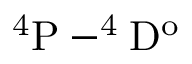
\mathrm { ^ 4 P - ^ { 4 } D ^ { o } }